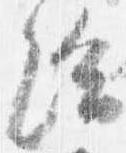
給